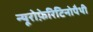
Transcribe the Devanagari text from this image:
न्यूरोफ़ेरिटिनोपैथी